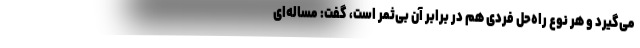
می‌گیرد و هر نوع راه‌حل فردی هم در برابر آن بی‌ثمر است، گفت: مساله‌ای